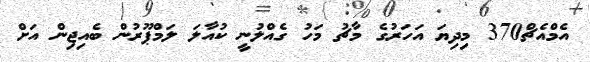
އެމްއެޗް370 މިދިޔަ އަހަރުގެ މާޗު މަހު ގެއްލުނީ ކުއާލަ ލަމްޕޫރުން ބެއިޖިން އަށް